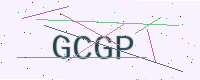
Text: GCGP